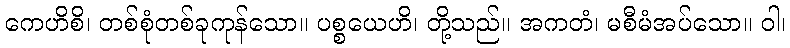
ကေဟိစိ၊ တစ်စုံတစ်ခုကုန်သော။ ပစ္စယေဟိ၊ တို့သည်။ အကတံ၊ မစီမံအပ်သော။ ဝါ၊